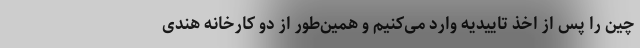
چین را پس از اخذ تاییدیه وارد می‌کنیم و همین‌طور از دو کارخانه هندی